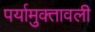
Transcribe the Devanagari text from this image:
पर्यामुक्तावली